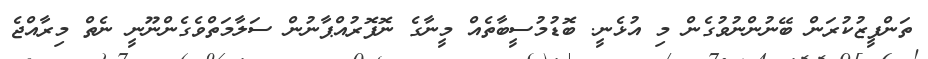
ތަންފީޒުކުރަން ބޭނުންނުވުގެން މި އުޅެނީ. ބޮޑުމުސީބާތެއް މީނާގެ ނޮފޮރުއްޕާނުން ސަލާމަތްވެގެންނޫނީ ނެތް މިރާއްޖެ